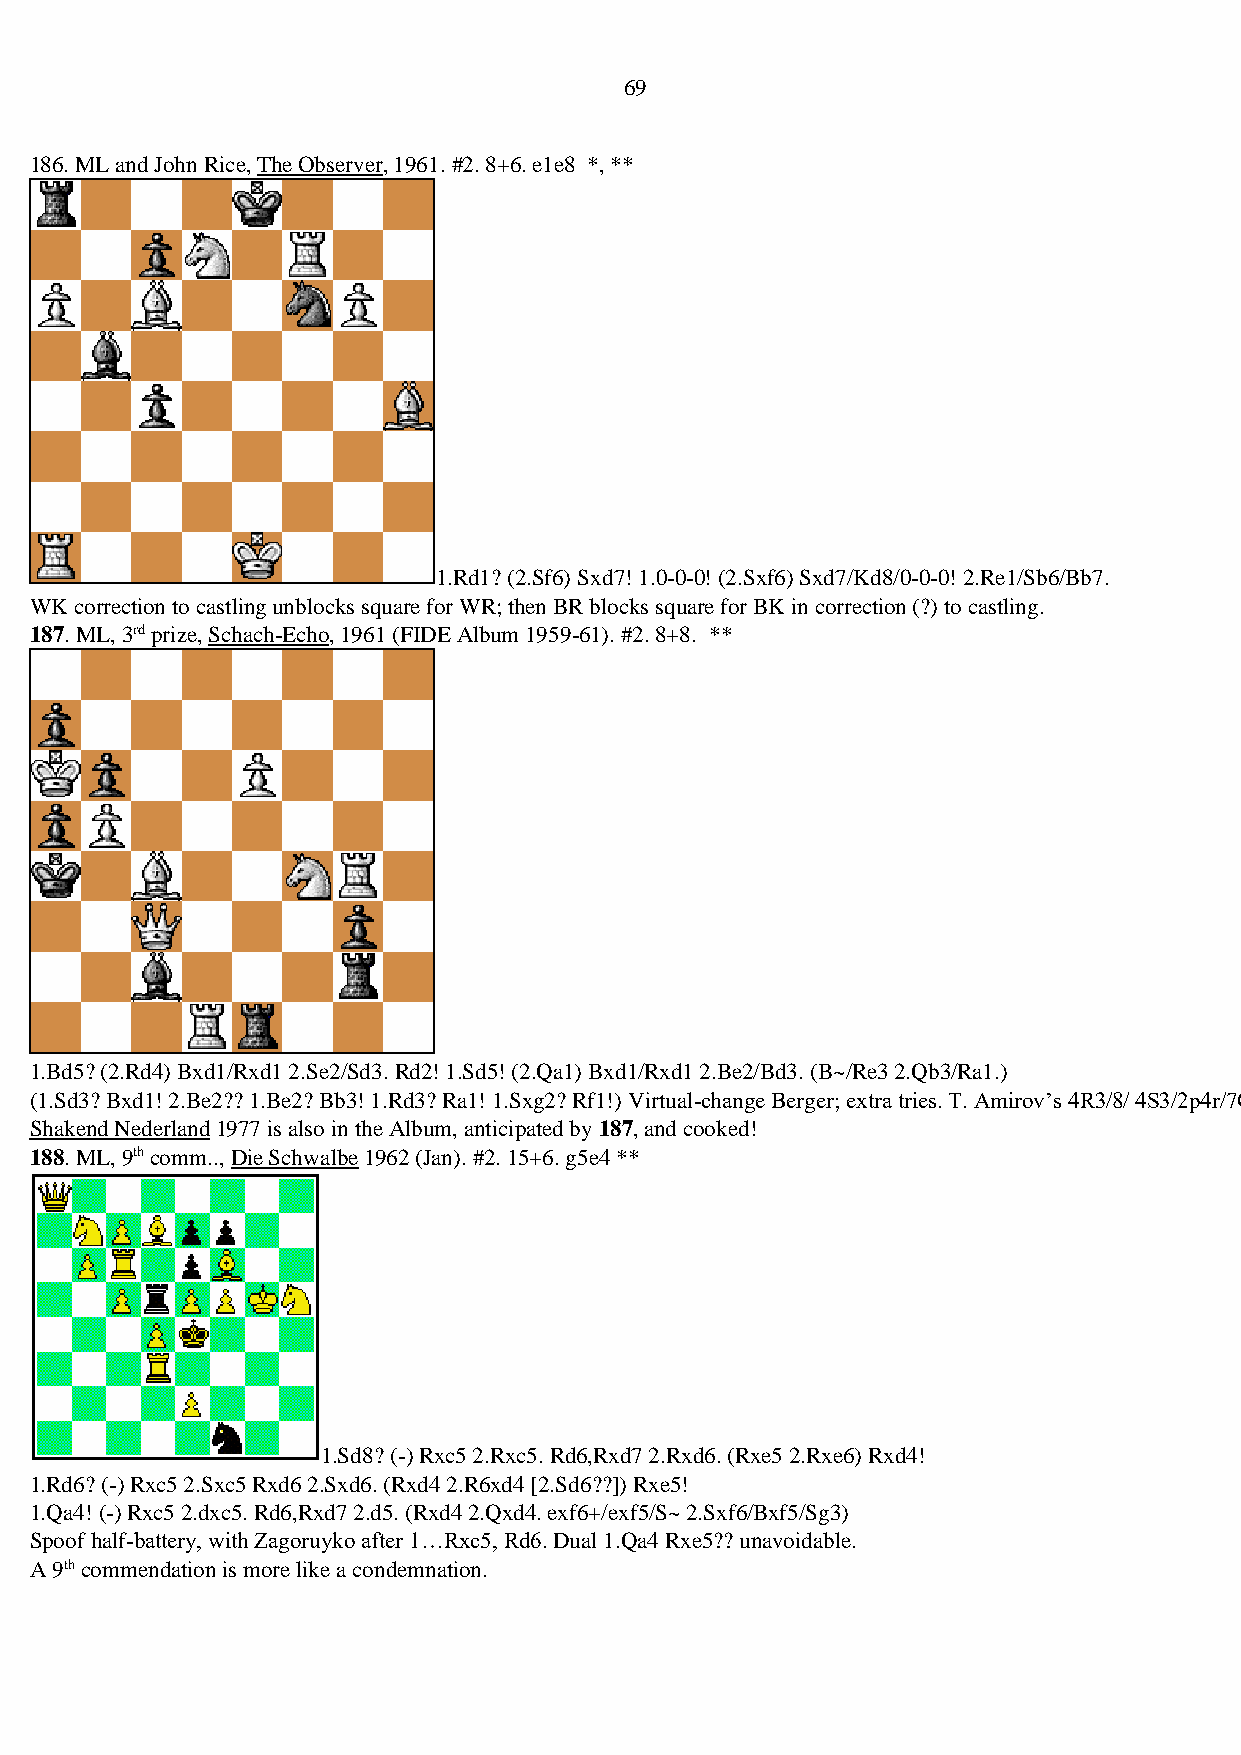
69
 186. ML and John Rice, The Observer, 1961. #2. 8+6. e1e8 *, **
 1.Rd1? (2.Sf6) Sxd7! 1.0-0-0! (2.Sxf6) Sxd7/Kd8/0-0-0! 2.Re1/Sb6/Bb7.
 WK correction to castling unblocks square for WR; then BR blocks square for BK in correction (?) to castling.
 187. ML, 3rd prize, Schach-Echo, 1961 (FIDE Album 1959-61). #2. 8+8. **
 1.Bd5? (2.Rd4) Bxd1/Rxd1 2.Se2/Sd3. Rd2! 1.Sd5! (2.Qa1) Bxd1/Rxd1 2.Be2/Bd3. (B~/Re3 2.Qb3/Ra1.)
 (1.Sd3? Bxd1! 2.Be2?? 1.Be2? Bb3! 1.Rd3? Ra1! 1.Sxg2? Rf1!) Virtual-change Berger; extra tries. T. Amirov’s 4R3/8/ 4S3/2p4r/7Q/4BBb1/1s3SK1/4k2s 1st pr.
 Shakend Nederland 1977 is also in the Album, anticipated by 187, and cooked!
 188. ML, 9th comm.., Die Schwalbe 1962 (Jan). #2. 15+6. g5e4 **
 1.Sd8? (-) Rxc5 2.Rxc5. Rd6,Rxd7 2.Rxd6. (Rxe5 2.Rxe6) Rxd4!
 1.Rd6? (-) Rxc5 2.Sxc5 Rxd6 2.Sxd6. (Rxd4 2.R6xd4 [2.Sd6??]) Rxe5!
 1.Qa4! (-) Rxc5 2.dxc5. Rd6,Rxd7 2.d5. (Rxd4 2.Qxd4. exf6+/exf5/S~ 2.Sxf6/Bxf5/Sg3)
 Spoof half-battery, with Zagoruyko after 1…Rxc5, Rd6. Dual 1.Qa4 Rxe5?? unavoidable.
 A 9th commendation is more like a condemnation.